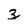
Character: z